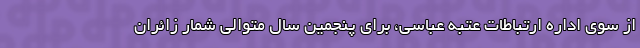
از سوی اداره ارتباطات عتبه عباسی، برای پنجمین سال متوالی شمار زائران